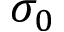
\sigma _ { 0 }